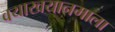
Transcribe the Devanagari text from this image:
वयाखयानमाला